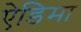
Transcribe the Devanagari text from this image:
ऐडिमा